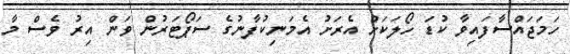
ހަމަޖައްސާފައިވާ ކުޑަ ހޯލަކަށް އެރަށު އެމަނިކުފާނުގެ ސަޕޯޓަރުން ވަން އިރު ވެސް މާ